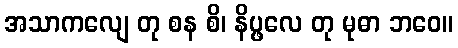
အသာကလျေ တု စန စိ၊ နိပ္ဖလေ တု မုဓာ ဘဝေ။